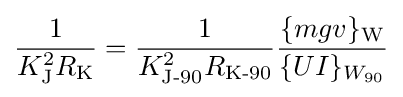
{\frac {1}{K_{\text{J}}^{2}R_{\text{K}}}}={\frac {1}{K_{\text{J-90}}^{2}R_{\text{K-90}}}}{\frac {\{mgv\}_{\text{W}}}{\{UI\}_{W_{90}}}}